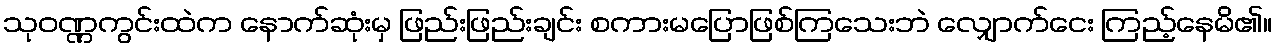
သုဝဏ္ဏကွင်းထဲက နောက်ဆုံးမှ ဖြည်းဖြည်းချင်း စကားမပြောဖြစ်ကြသေးဘဲ လျှောက်ငေး ကြည့်နေမိ၏။